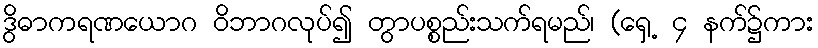
ဒွိဓာကရဏယောဂ ဝိဘာဂလုပ်၍ တွာပစ္စည်းသက်ရမည်၊ (ရှေ့ ၄ နက်၌ကား